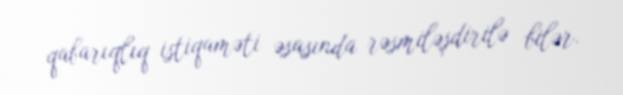
qabarıqlıq istiqaməti əsasında rəsmiləşdirilə bilər.